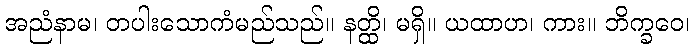
အညံနာမ၊ တပါးသောကံမည်သည်။ နတ္ထိ၊ မရှိ။ ယထာဟ၊ ကား။ ဘိက္ခဝေ၊